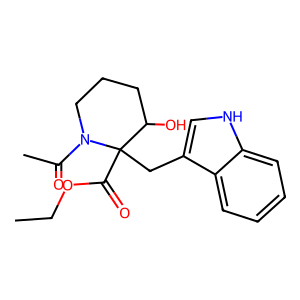
SMILES: CCOC(=O)C1(Cc2c[nH]c3ccccc23)C(O)CCCN1C(C)=O
Inhibits HIV replication: No